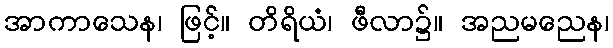
အာကာသေန၊ ဖြင့်။ တိရိယံ၊ ဖီလာ၌။ အညမညေန၊